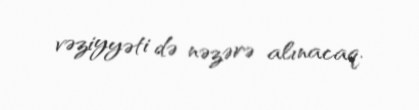
vəziyyəti də nəzərə alınacaq.